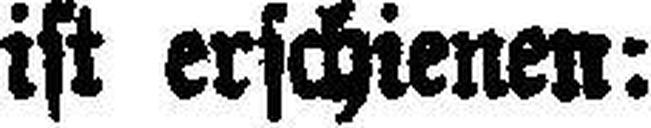
ist erschienen: